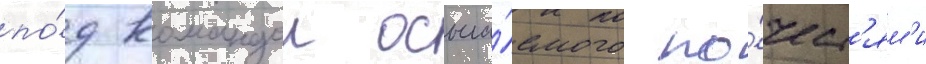
по́д командои осыпа́емого по́чест'ям'и